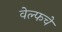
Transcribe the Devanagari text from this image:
वेल्फचे